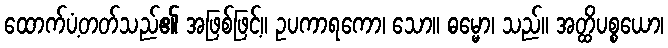
ထောက်ပံ့တတ်သည်၏ အဖြစ်ဖြင့်။ ဥပကာရကော၊ သော။ ဓမ္မော၊ သည်။ အတ္ထိပစ္စယော၊